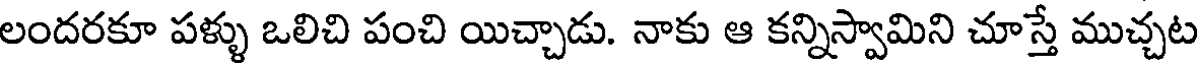
లందరకూ పళ్ళు ఒలిచి పంచి యిచ్చాడు. నాకు ఆ కన్నిస్వామిని చూస్తే ముచ్చట